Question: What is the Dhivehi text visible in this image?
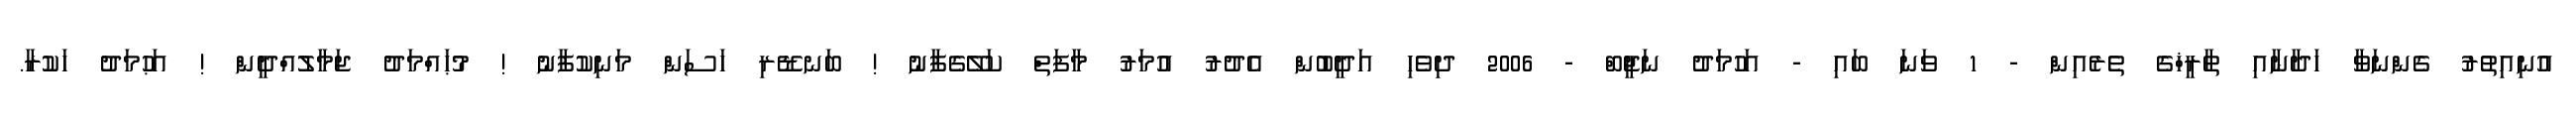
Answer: އުނިއިތުރު ގެންނަވާ ހަދާނާއި ތާރީޚްގެ ތެރެއިން - 1 ވަނަ ބައި - އަހުމަދު ނަޖީބް - 2006 ދިވެހި އަދީބުން އެދުރު އުމަރު މާފަތް ކަލޭގެފާނު ! ބަނޑޭރި ހަސަން މަނިކުފާނު ! މުޙައްމަދު ޖަމާލުއްދީން ! އަޙުމަދު ހަކުރާ.